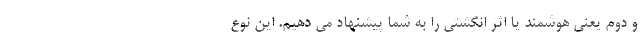
و دوم یعنی هوشمند یا اثر انگشتی را به شما پیشنهاد می­ دهیم. این نوع